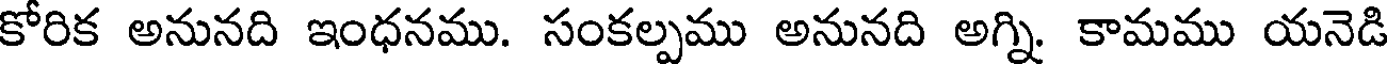
కోరిక అనునది ఇంధనము. సంకల్పము అనునది అగ్ని. కామము యనెడి